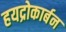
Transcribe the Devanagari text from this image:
हयद्रोकार्बन